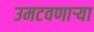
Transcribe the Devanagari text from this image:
उमटवणाऱ्या